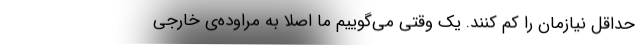
حداقل نیازمان را کم کنند. یک وقتی می‌گوییم ما اصلاً به مراوده‌ی خارجی